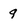
Character: 9